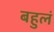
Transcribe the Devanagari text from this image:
बहुलं